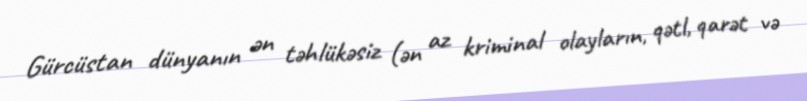
Gürcüstan dünyanın ən təhlükəsiz (ən az kriminal olayların, qətl, qarət və